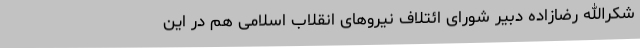
شکرالله رضازاده دبیر شورای ائتلاف نیروهای انقلاب اسلامی هم در این